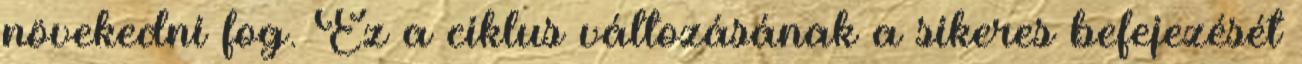
növekedni fog. Ez a ciklus változásának a sikeres befejezését